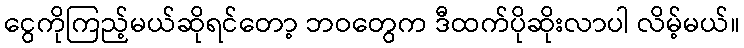
ငွေကိုကြည့်မယ်ဆိုရင်တော့ ဘဝတွေက ဒီထက်ပိုဆိုးလာပါ လိမ့်မယ်။